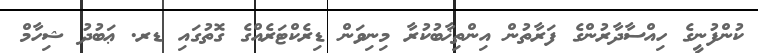
ކުންފުނީގެ ހިއްސާދާރުންގެ ފަރާތުން އިންތިޚާބުކުރާ މިނިވަން ޑިރެކްޓަރެއްގެ ގޮތުގައި ޑރ. ޢަބުދު ޝިހާމް